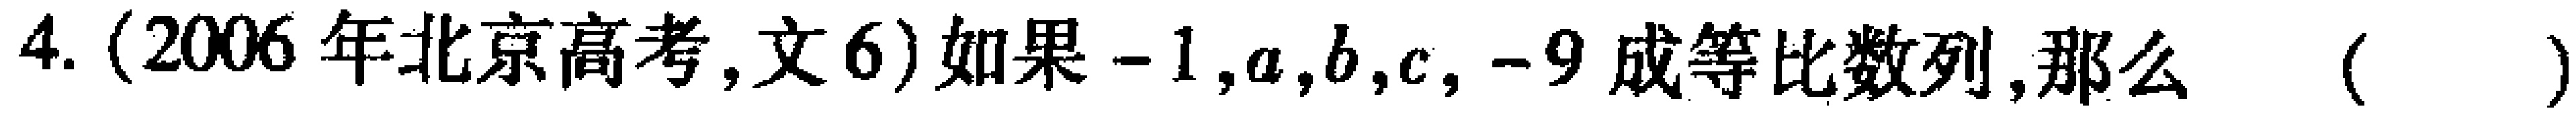
4. (2006 年北京高考,文 6)如果\(-1,a,b,c,-9\)成等比数列,那么 （  ）